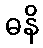
ဓနိ